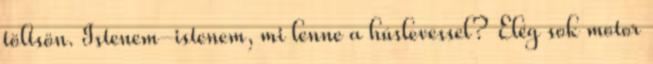
töltsön. Istenem-istenem, mi lenne a húslevessel? Elég sok motor